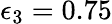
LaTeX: \epsilon_{3}=0.75